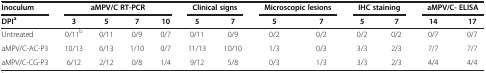
<table><thead><tr><td><b>Inoculum</b></td><td colspan="4"><b>aMPV/C RT-PCR</b></td><td colspan="2"><b>Clinical signs</b></td><td colspan="2"><b>Microscopic lesions</b></td><td colspan="2"><b>IHC staining</b></td><td colspan="2"><b>aMPV/C-ELISA</b></td></tr></thead><tbody><tr><td><b>DPI</b><sup><b>a</b></sup></td><td><b>3</b></td><td><b>5</b></td><td><b>7</b></td><td><b>10</b></td><td><b>5</b></td><td><b>7</b></td><td><b>5</b></td><td><b>7</b></td><td><b>5</b></td><td><b>7</b></td><td><b>14</b></td><td><b>17</b></td></tr><tr><td>Untreated</td><td>0/11<sup>b</sup></td><td>0/11</td><td>0/9</td><td>0/7</td><td>0/11</td><td>0/9</td><td>0/2</td><td>0/2</td><td>0/2</td><td>0/2</td><td>0/7</td><td>0/7</td></tr><tr><td>aMPV/C-AC-P3</td><td>10/13</td><td>6/13</td><td>1/10</td><td>0/7</td><td>11/13</td><td>10/10</td><td>1/3</td><td>0/3</td><td>3/3</td><td>2/3</td><td>7/7</td><td>7/7</td></tr><tr><td>aMPV/C-CG-P3</td><td>6/12</td><td>2/12</td><td>0/8</td><td>1/4</td><td>9/12</td><td>5/8</td><td>0/3</td><td>1/3</td><td>3/3</td><td>2/3</td><td>4/4</td><td>4/4</td></tr></tbody></table>